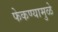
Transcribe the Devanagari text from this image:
फेकण्यामुळे